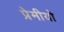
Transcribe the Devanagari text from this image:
प्रेमीयो